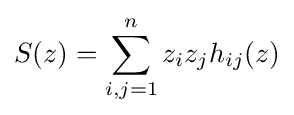
S(z)=\sum _{i,j=1}^{n}z_{i}z_{j}h_{ij}(z)